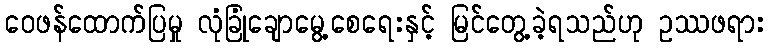
ဝေဖန်ထောက်ပြမှု လုံခြုံချောမွေ့စေရေးနှင့် မြင်တွေ့ခဲ့ရသည်ဟု ဥဿဖရား